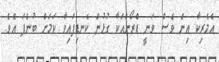
އެމެރިކާ އިން ވެސް ވަނީ ޑްރޯންއަކާ ގުޅުން ކެނޑިފައިވާ ކަމަށް ބުނެފަ އެވެ.